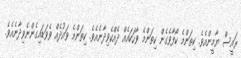
ރައީސް ޔާމީންއެވެ. ކިތަންމެ ކޯފާވެގެން ކިތަންމެ ވާހަކައެއް ދެއްކެވިދާނެއެވެ. ކިތަންމެ ވައުދެއް ވެވަޑައިގެންނެވިދާނެއެވެ.